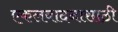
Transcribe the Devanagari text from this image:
एकलवादनासाठी